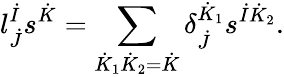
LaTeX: l_{\dot{J}}^{\dot{I}}s^{\dot{K}}=\sum_{\dot{K}_{1}\dot{K}_{2}=\dot{K}}\delta_{\dot{J}}^{\dot{K}_{1}}s^{\dot{I}\dot{K}_{2}}.